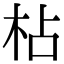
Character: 枮